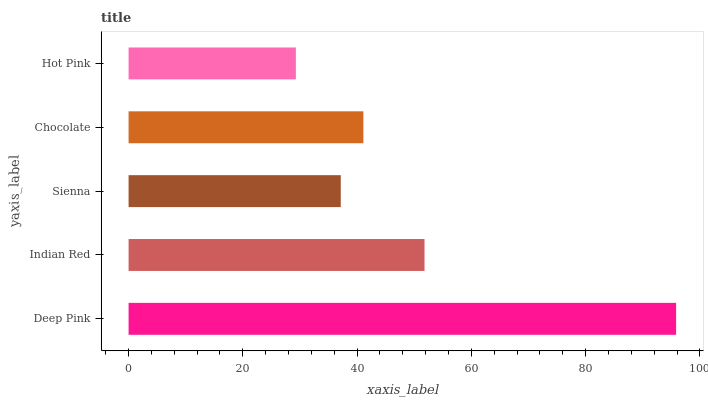
| yaxis_label | bars |
 | --- | --- |
 | Deep Pink | 95.8 |
 | Indian Red | 51.8 |
 | Sienna | 37.1 |
 | Chocolate | 41.1 |
 | Hot Pink | 29.3 |